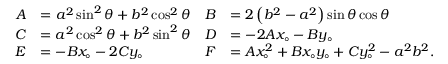
{ \begin{array} { r l r l } { A } & { = a ^ { 2 } \sin ^ { 2 } \theta + b ^ { 2 } \cos ^ { 2 } \theta } & { B } & { = 2 \left( b ^ { 2 } - a ^ { 2 } \right) \sin \theta \cos \theta } \\ { C } & { = a ^ { 2 } \cos ^ { 2 } \theta + b ^ { 2 } \sin ^ { 2 } \theta } & { D } & { = - 2 A x _ { \circ } - B y _ { \circ } } \\ { E } & { = - B x _ { \circ } - 2 C y _ { \circ } } & { F } & { = A x _ { \circ } ^ { 2 } + B x _ { \circ } y _ { \circ } + C y _ { \circ } ^ { 2 } - a ^ { 2 } b ^ { 2 } . } \end{array} }